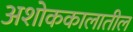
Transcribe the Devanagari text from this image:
अशोककालातील